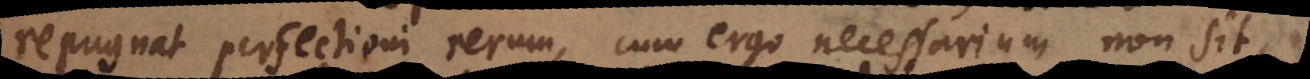
repugnat perfectioni rerum, cum ergo necessarium non sit